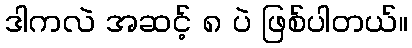
ဒါကလဲ အဆင့် ၈ ပဲ ဖြစ်ပါတယ်။